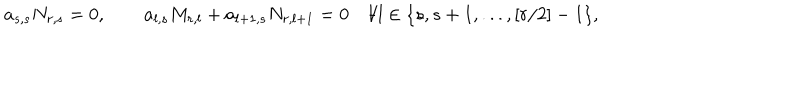
LaTeX: a _ { s , s } N _ { r , s } = 0 , \quad \quad a _ { l , s } M _ { r , l } + a _ { l + 1 , s } N _ { r , l + 1 } = 0 \quad \forall l \in \{ s , s + 1 , . . . , [ r / 2 ] - 1 \} ,